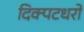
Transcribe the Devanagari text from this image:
दिक्पटधरो